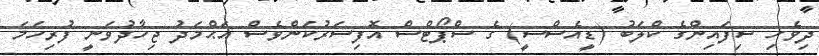
ދިވެހި ސިފައިންގެ ކްލަބު (ޑީއެސްސީ) ގެ ސްޕޯޓްސް އޮފިސަރުކަންވެސް އަޙްމަދު ޖިހާދުވަނީ ފުރިހަމަ